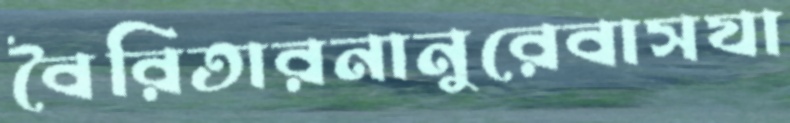
বৈরিতারনানুরেবাসযা